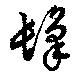
髼